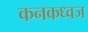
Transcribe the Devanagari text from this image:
कनकध्वज